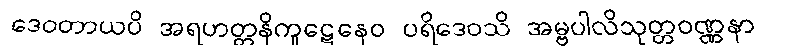
ဒေဝတာယပိ အရဟတ္တနိကူဋေနေဝ ပရိဒေဝသိ အမ္ဗပါလိသုတ္တဝဏ္ဏနာ